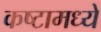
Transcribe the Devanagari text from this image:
कष्टामध्ये